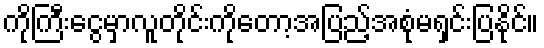
ကိုကြီးငွေမှာလူတိုင်းကိုတော့အပြည့်အစုံမရှင်းပြနိုင်။